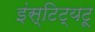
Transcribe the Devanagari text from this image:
इंस्टिट्यटू